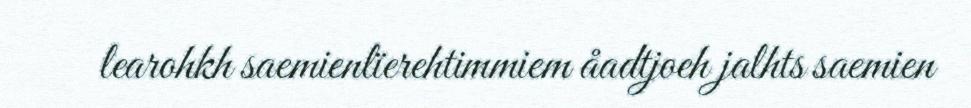
learohkh saemienlïerehtimmiem åadtjoeh jalhts saemien